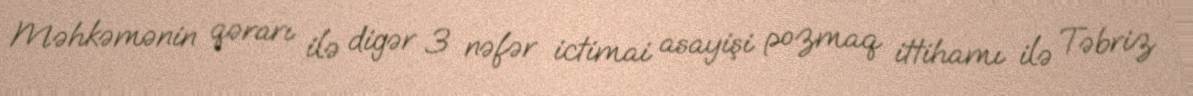
Məhkəmənin qərarı ilə digər 3 nəfər ictimai asayişi pozmaq ittihamı ilə Təbriz